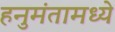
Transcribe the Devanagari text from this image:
हनुमंतामध्ये